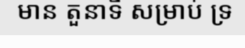
មាន តួនាទី សម្រាប់ ទ្រ